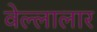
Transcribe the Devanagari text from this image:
वेल्लालार